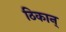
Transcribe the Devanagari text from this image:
ठिकान्